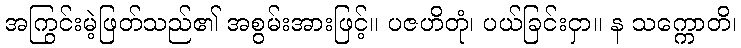
အကြွင်းမဲ့ဖြတ်သည်၏ အစွမ်းအားဖြင့်။ ပဇဟိတုံ၊ ပယ်ခြင်းငှာ။ န သက္ကောတိ၊